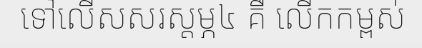
ទៅលើសសរស្តម្ភ៤ គឺ លើកកម្ពស់